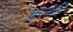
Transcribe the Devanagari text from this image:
चरतहिं